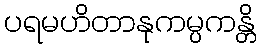
ပရမဟိတာနုကမ္ပကန္တိ